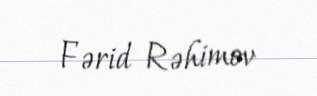
Fərid Rəhimov